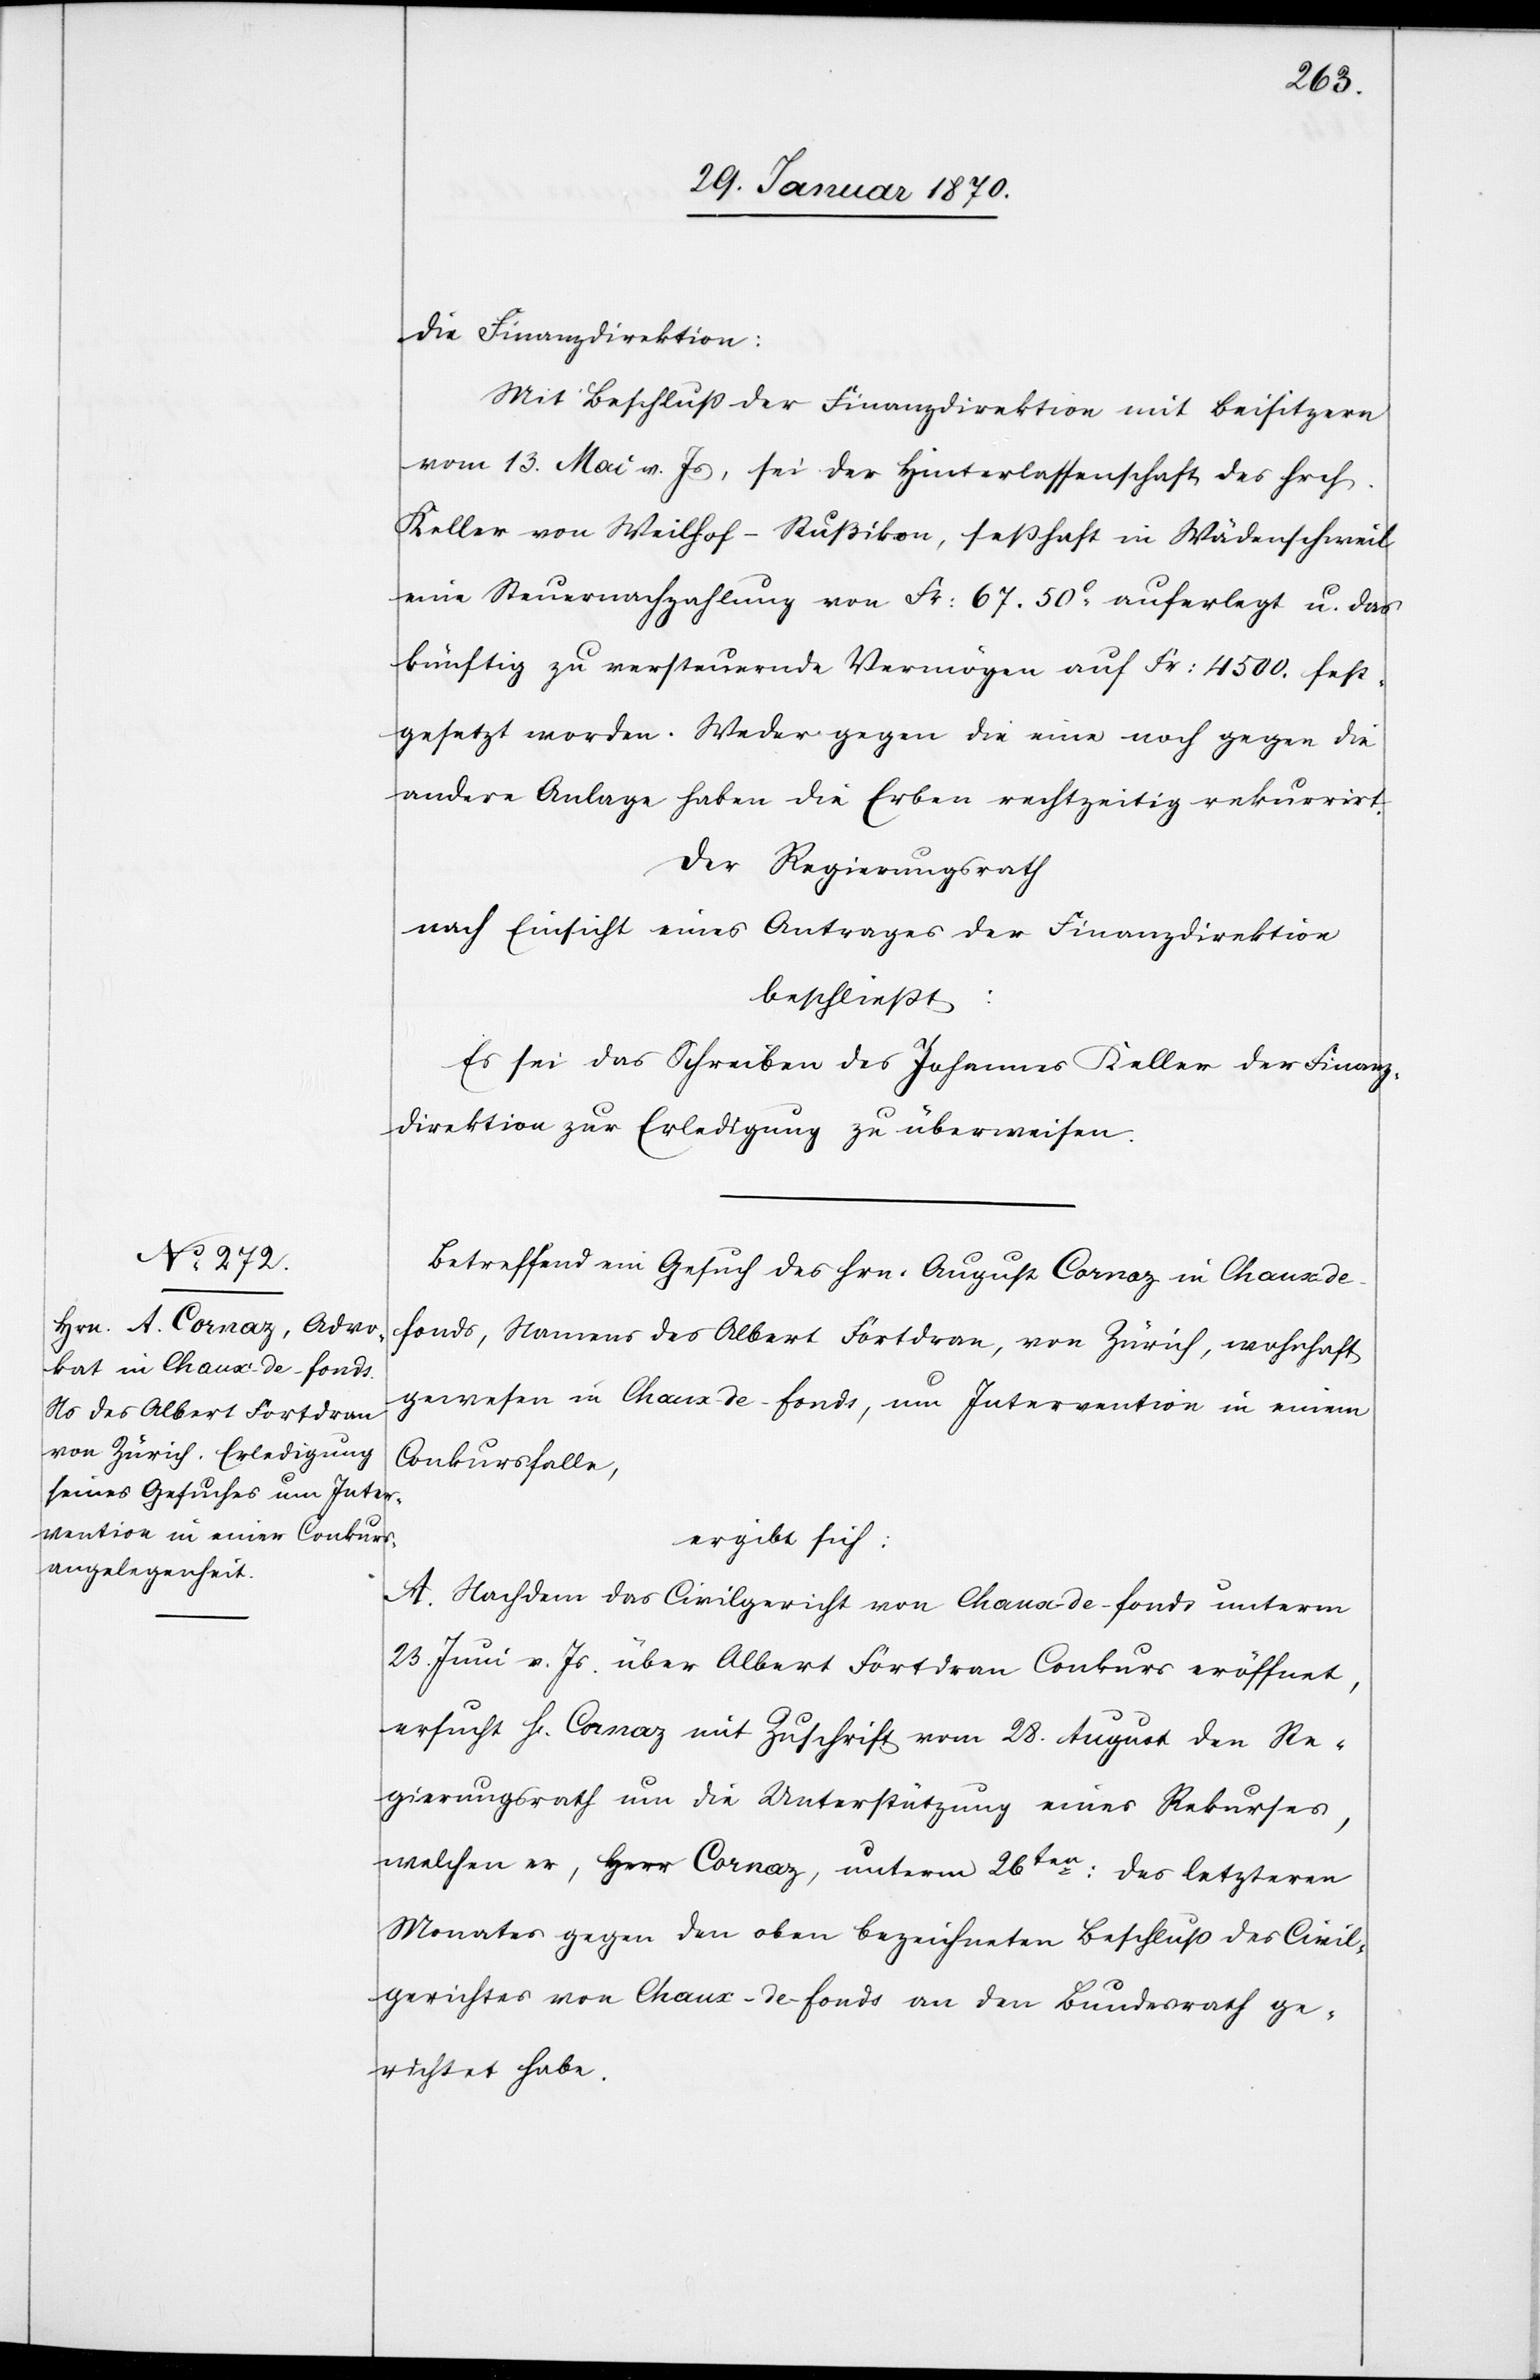
Mit Beschluss der Finanzdirektion mit Beisitzern
vom 13. Mai v. Js, sei der Hinterlassenschaft des Hrch.
Keller von Weilhof-Rußikon, seßhaft in Wädenschweil
eine Steuernachzahlung von Fr. 67. 50c auferlegt u. das
künftig zu versteuernde Vermögen auf Fr. 4500. fest¬
gesetzt worden. Weder gegen die eine noch gegen die
andere Anlage haben die Erben rechtzeitig rekurrirt.
Der Regierungsrath
nach Einsicht eines Antrages der Finanzdirektion
beschliesst:
Es sei das Schreiben des Johannes Keller der Finanz¬
direktion zur Erledigung zu überweisen.
Betreffend ein Gesuch des Hrn. August Cornaz in Chaux-de-f¬
onds, Namens des Albert Fortdran, von Zürich, wohnhaft
gewesen in Chaux-de-fonds, um Intervention in einem
Conkursfalle,
ergibt sich:
A. Nachdem das Civilgericht von Chaux-de-fonds unterm
23. Juni v. Js. über Albert Fortdran Conkurs eröffnet,
ersucht H[err] Cornaz mit Zuschrift vom 28. August den Re¬
gierungsrath um die Unterstützung eines Rekurses,
welchen er, Herr Cornaz, unterm 26ten: des letzteren
Monates gegen den oben bezeichneten Beschluss des Civil¬
gerichtes von Chaux-de-fonds an den Bundesrath ge¬
richtet habe.